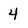
Character: 4